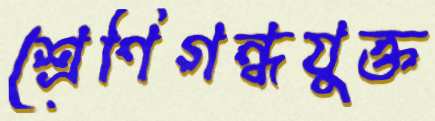
শ্রেণিগন্ধযুক্ত